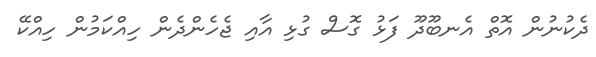
ދެކުނުން އޮތް އެނބޫދޫ ފަޅު ގޮސް ގުޅި އާއި ޖެހެންދެން ހިއްކަމުން ހިއްކޭ